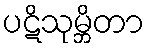
ပဋိသုမ္ဘိတာ